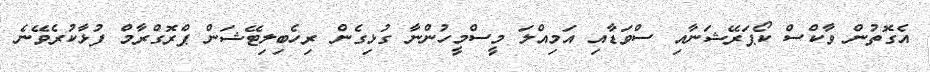
އެގޮތުން ވާކްސް ކޯޕަރޭޝަނާއި ސްވަޑާއި އަމިއްލަ މީސްމީހުންނާ ގުޅިގެން ރިހެބިލިޓޭޝަން ޕްރޮގްރާމް ފުޅާކުރެވޭނެ